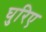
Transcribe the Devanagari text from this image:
घुरिए